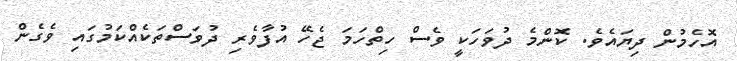
އޮހެމުން ދިޔައެވެ. ކޮންމެ ދުވަހަކީ ވެސް ހިތްހަމަ ޖެހޭ އުފާވެރި ދުވަސްތަކެއްކަމުގައި ވެގެން